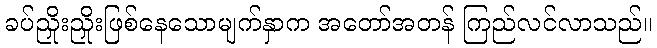
ခပ်ညှိုးညှိုးဖြစ်နေသောမျက်နှာက အတော်အတန် ကြည်လင်လာသည်။